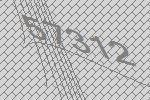
57312